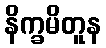
နိက္ခမိတူန